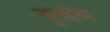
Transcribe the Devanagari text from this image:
चूलईया